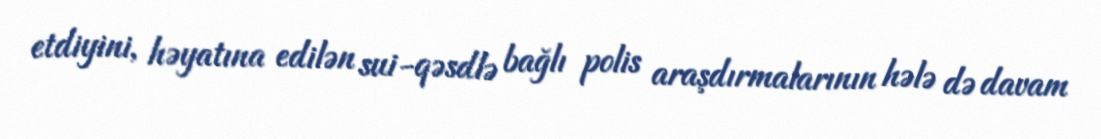
etdiyini, həyatına edilən sui-qəsdlə bağlı polis araşdırmalarının hələ də davam